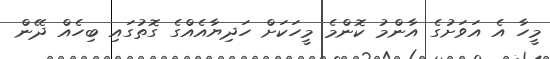
މީހާ އެ އަވަށުގެ އާންމު ކޮންމެ މީހަކަށް ހަދިޔާއެއްގެ ގޮތުގައި ބިހެއް ދޭން